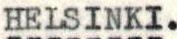
HELSINKI.